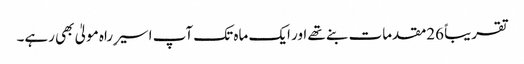
تقریباً 26مقدمات بنے تھے اور ایک ماہ تک آپ اسیر ِراہ مولیٰ بھی رہے۔